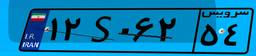
۱۲S۰۶۲۵۴